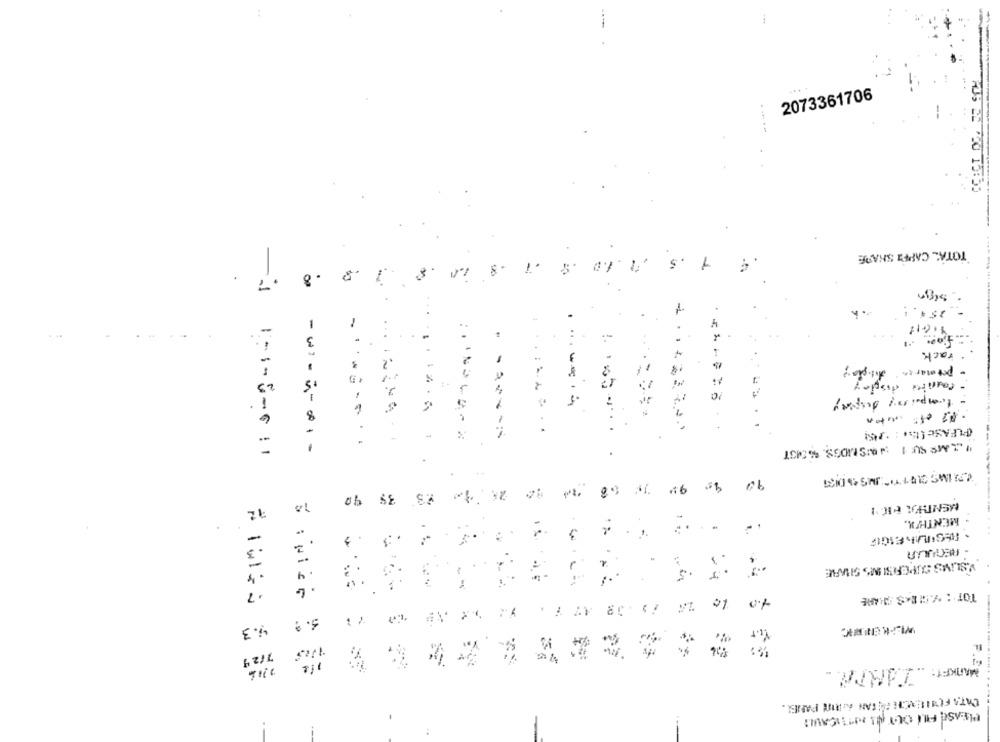
2073361706
-----
1
7
TOTAL CAPPI SHARE
.7
1.
1
3
tack.
1
IND
:¥
Eupep padros -
. 1
.......
8
.
(PLEASE It. : * PAS!
... ..
:----- 1
--------
SE
MENTHX.
-
Unnuam -
V.SLIMS SUIPOFISI MS SHARE
.7
7.
TOT : %CES ARE
DAAY 80 37 V2 01 04
4.3
6 216
.TARTA ..
MARKET:
CATA FONICACHE FALTAN AFRINE PANEL.